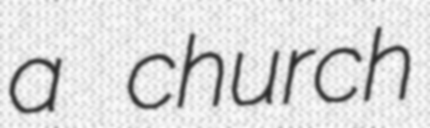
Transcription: a church